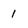
Character: 1